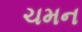
ચમન